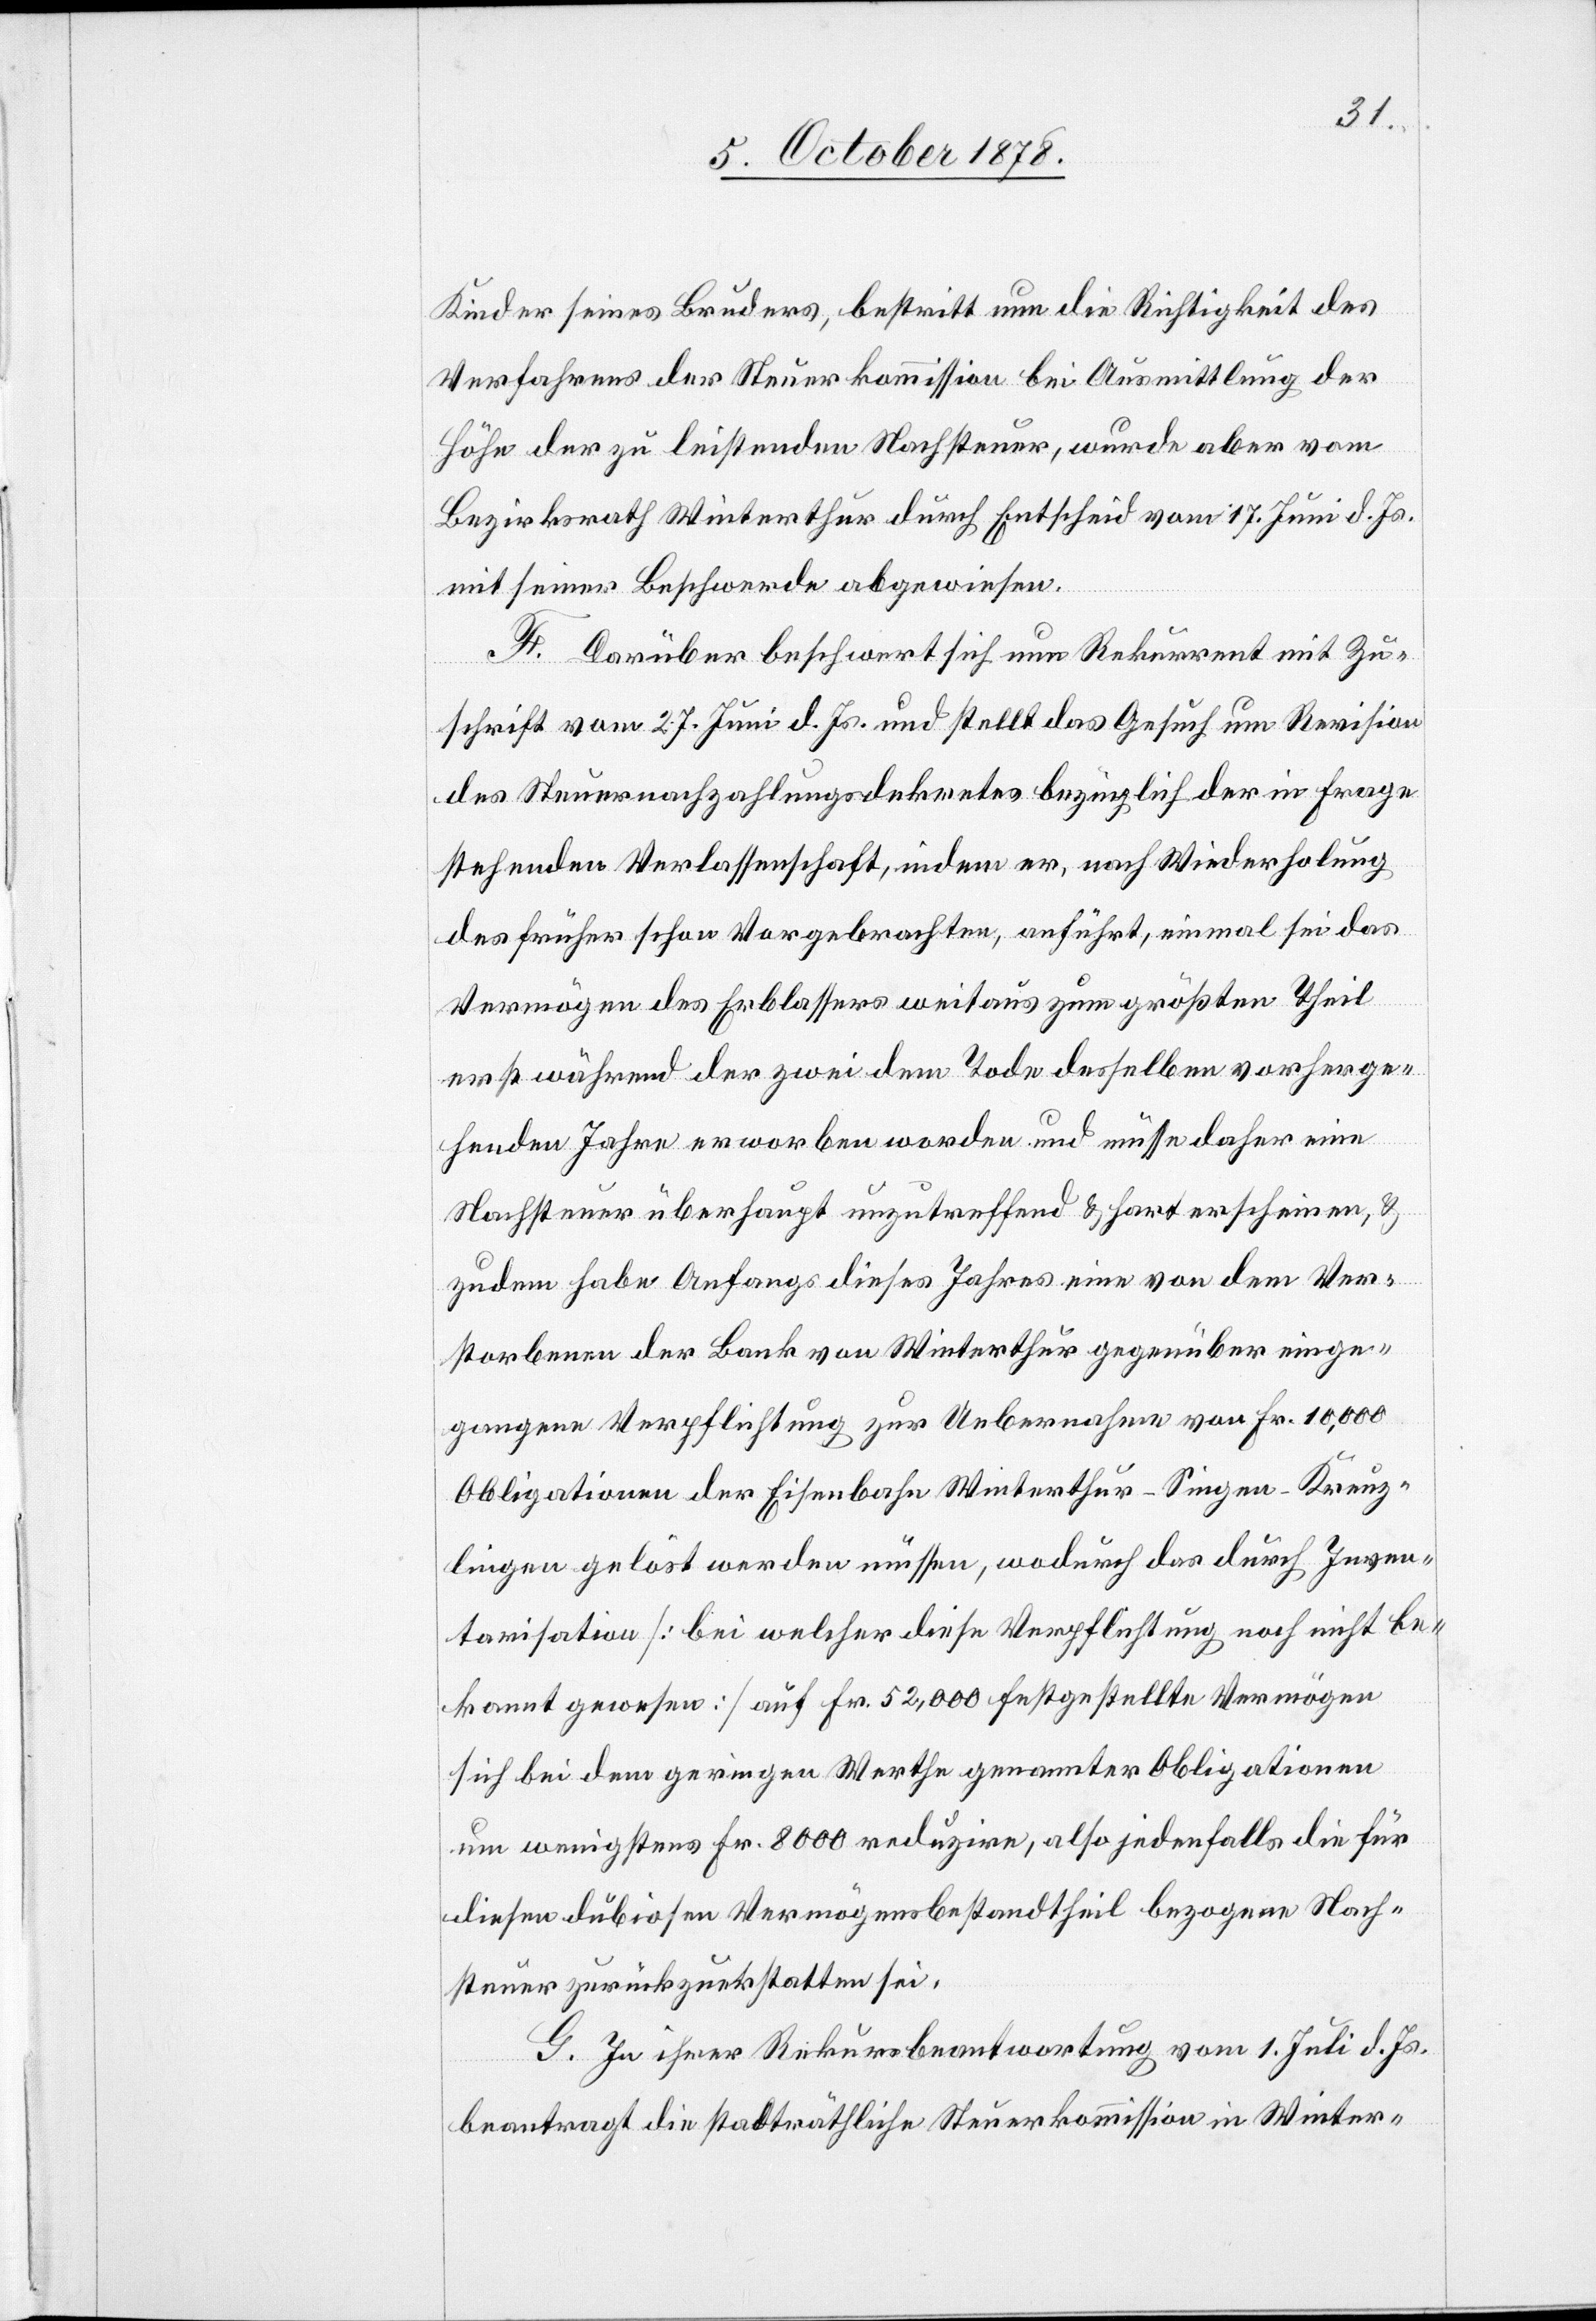
Kinder seines Bruders, bestritt nun die Richtigkeit des
Verfahrens der Steuerkommission bei Ausmittlung der
Höhe der zu leistenden Nachsteuer, wurde aber vom
Bezirksrath Winterthur durch Entscheid vom 17. Juni d. Js.
mit seiner Beschwerde abgewiesen.
F. Darüber beschwert sich nun Rekurrent mit Zu¬
schrift vom 27. Juni d. Js. und stellt das Gesuch um Revision
des Steuernachzahlungsdekretes bezüglich der in Frage
stehenden Verlassenschaft, indem er, nach Wiederholung
des früher schon Vorgebrachten, anführt, einmal sei das
Vermögen des Erblassers weitaus zum größten Theil
erst während der zwei dem Tode desselben vorherge¬
henden Jahre erworben worden und müsse daher eine
Nachsteuer überhaupt unzutreffend & hart erscheinen, &
zudem habe Anfangs dieses Jahres eine von dem Ver¬
storbenen der Bank von Winterthur gegenüber einge¬
gangene Verpflichtung zur Uebernahme von Fr. 10,000
Obligationen der Eisenbahn Winterthur–Singen–Kreuz¬
lingen gelöst werden müssen, wodurch das durch Inven¬
tarisation [bei welcher diese Verpflichtung noch nicht be¬
kannt gewesen] auf Fr. 52,000 festgestellte Vermögen
sich bei dem geringen Werthe genannter Obligationen
um wenigstens Fr. 8000 reduzire, also jedenfalls die für
diesen dubiosen Vermögensbestandtheil bezogene Nach¬
steuer zurückzuerstatten sei.
G. In ihrer Rekursbeantwortung vom 1. Juli d. Js.
beantragt die stadträthliche Steuerkommission in Winter-